Vaccination in the Punjab 1883-1896 - 1883-1896
Year: 1883
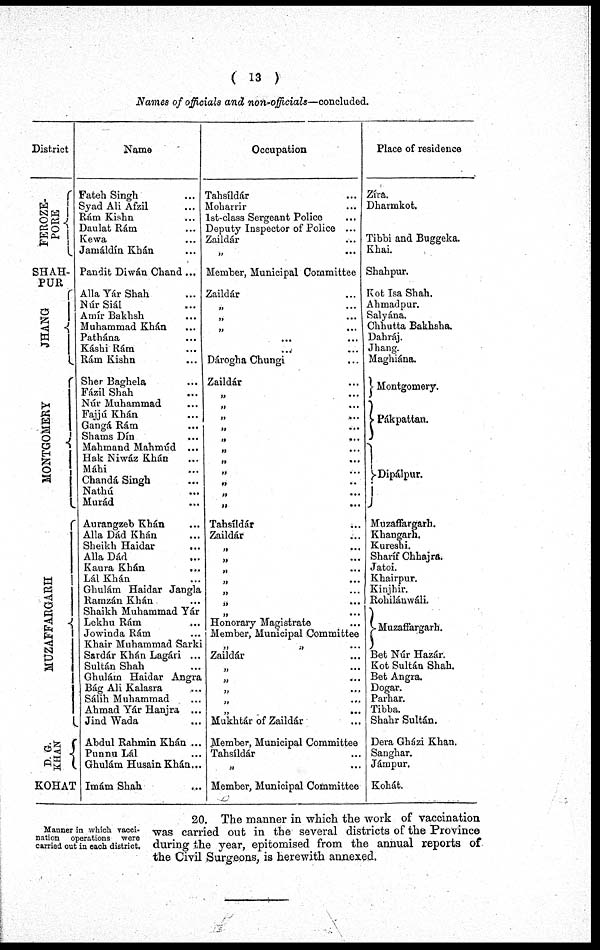
( 13 )
Names of officials and non-officials—concluded.
District
FEROZE-
PORE
SHAH-
PUR
JHANG
MONTGOMERY
MUZAFFARGARH
D. G.
KHAN
KOHAT
Name
Fateh Singh ...
Syad Ali Afzil ...
Rám Kishn ...
Daulat Rám ...
Kewa ...
Jamáldín Khán ...
Pandit Diwán Chand ...
Alla Yár Shah ...
Núr Siál ...
Amír Bakhsh ...
Muhammad Khán ...
Pathána ...
Káshi Rám ...
Rám Kishn ...
Sher Baghela ...
Fázil Shah ...
Núr Muhammad ...
Fajjú Khán ...
Gangá Rám ...
Shams Dín ...
Mahmand Mahmúd ...
Hak Niwáz Khán ...
Máhi ...
Chandá Singh ...
Nathú ...
Murád ...
Aurangzeb Khán ...
Alla Dád Khán ...
Sheikh Haidar ...
Alla Dád ...
Kaura Khán ...
Lál Khán ...
Ghulám Haidar Jangla
Ramzán Khán ...
Shaikh Muhammad Yár
Lekhu Rám ...
Jowinda Rám ...
Khair Muhammad Sarki
Sardár Khán Lagári ...
Sultán Shah ...
Ghulám Haidar Angra
Bág Ali Kalasra ...
Sálih Muhammad ...
Ahmad Yár Hanjra ...
Jind Wada ...
Abdul Rahmin Khán ...
Punnu Lál ...
Ghulám Husain Khán...
Imám Shah ...
Occupation
Tahsíldár ...
Moharrir ...
1st-class Sergeant Police ...
Deputy Inspector of Police ...
Zaildár ...
„ ...
Member, Municipal Committee
Zaildár ...
„ ...
„ ...
„ ...
... ...
... ...
Dárogha Chungi ...
Zaildár ...
„ ...
„ ...
„ ...
„ ...
„ ...
„ ...
„ ...
„ ...
„ ...
„ ...
„ ...
Tahsíldár ...
Zaildár ...
„ ...
„ ...
„ ...
„ ...
„ ...
„ ...
„ ...
Honorary Magistrate ...
Member, Municipal Committee
„ „ ...
Zaildár ...
„ ...
„ ...
„ ...
„ ...
„ ...
Mukhtár of Zaildár ...
Member, Municipal Committee
Tahsíldár ...
„
...
Member, Municipal Committee
Place of residence
Zíra.
Dharmkot.
Tibbi and Buggeka.
Khai.
Shahpur.
Kot Isa Shah.
Ahmad pur.
Salyána.
Chhutta Bakhsha.
Dahráj.
Jhang.
Maghiána.
Montgomery.
Pákpattan.
Dipálpur.
Muzaflàrgarh.
Khangarh.
Kureshi.
Sharíf Chhajra.
Jatoi.
Khairpur.
Kinjhir.
Rohilánwáli.
Muzaffargarh.
Bet Núr Hazár.
Kot Sultán Shah.
Bet Angra.
Dogar.
Parhar.
Tibba.
Shahr Sultán.
Dera Gházi Khan.
Sanghar.
Jámpur,
Kohát.
Manner in which vacci-
nation operations were
carried out in each district.
20. The manner in which the work of vaccination
was carried out in the several districts of the Province
during the year, epitomised from the annual reports of
the Civil Surgeons, is herewith annexed.